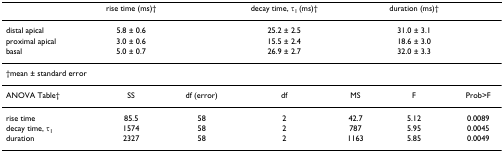
|  | rise time (ms)† |  | decay time, τ1 (ms)† |  | duration (ms)† |  |
 | --- | --- | --- | --- | --- | --- | --- |
 | distal apical | 5.8 ± 0.6 |  | 25.2 ± 2.5 |  | 31.0 ± 3.1 |  |
 | proximal apical | 3.0 ± 0.6 |  | 15.5 ± 2.4 |  | 18.6 ± 3.0 |  |
 | basal | 5.0 ± 0.7 |  | 26.9 ± 2.7 |  | 32.0 ± 3.3 |  |
 | <COLSPAN=7> †mean ± standard error |
 | ANOVA Table† | SS | df (error) | df | MS | F | Prob>F |
 | rise time | 85.5 | 58 | 2 | 42.7 | 5.12 | 0.0089 |
 | decay time, τ1 | 1574 | 58 | 2 | 787 | 5.95 | 0.0045 |
 | duration | 2327 | 58 | 2 | 1163 | 5.85 | 0.0049 |